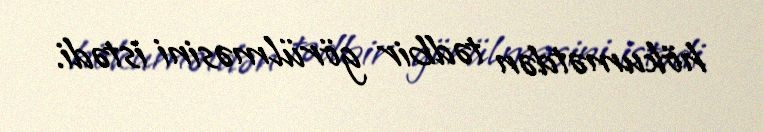
hökumətdən tədbir görülməsini istədi.